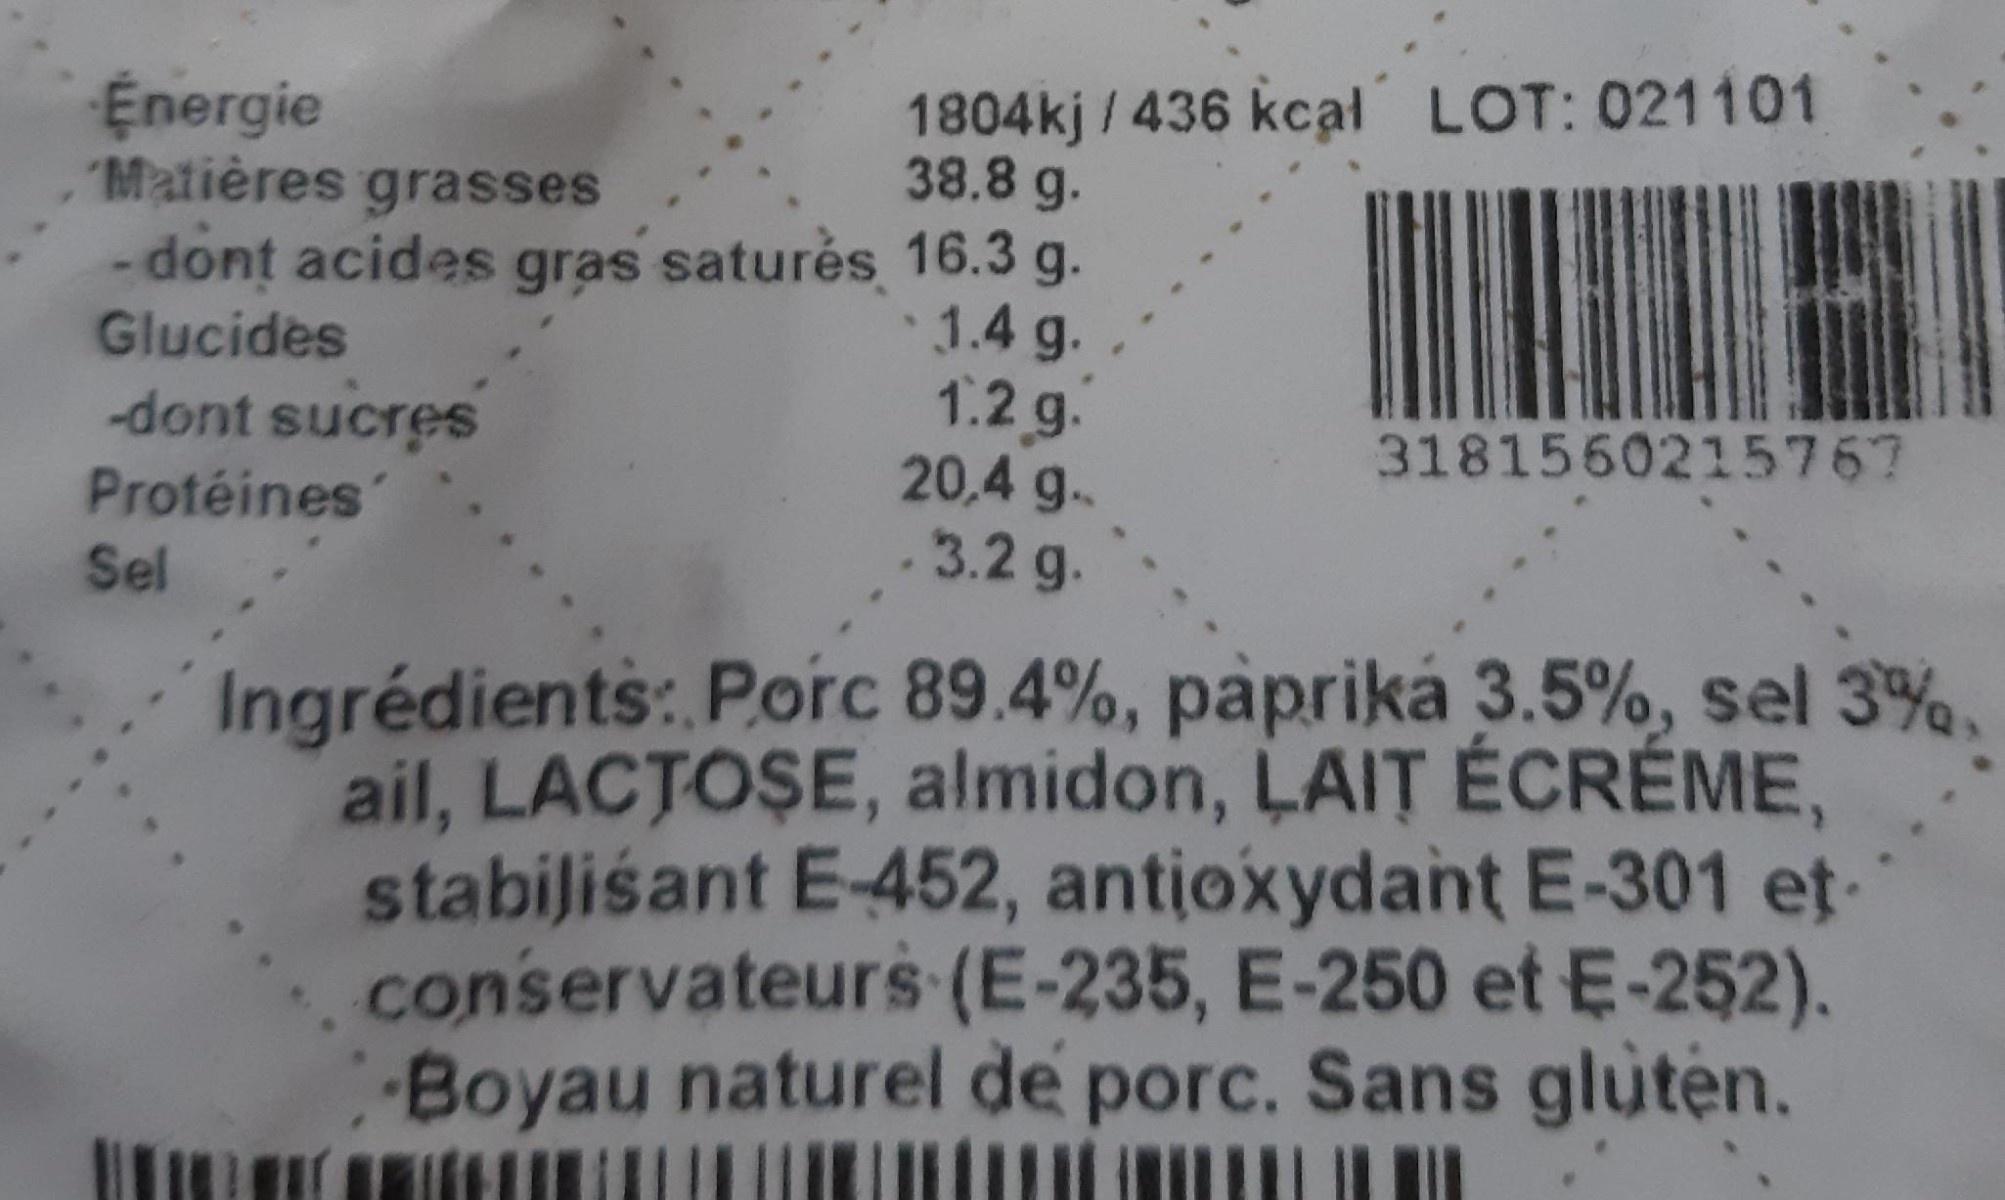
Energie Matières grasses
1804kj/ 436 kcaạl LOT: 021101 38.8 g.
-dont acides gras saturės 16.3 g. 1.4 g. 1.2g. 20,4 g. .3.2 g.
Glucides
-dont sucres
3181560215767
Protéines'
Sel
Ingrédients: P.orc 89.4%, papriká 3.5%, sel 3%. ail, LACTOSE, almidon, LAIT ÉCRÉME, stabiliśant E-452, antioxydant E-301 et- conservateurs (E-235, E-250 et E-252). Boyau naturel de porc. Sans gluten.